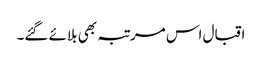
اقبال اس مرتبہ بھی بلائے گئے۔